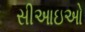
સીઆઇઓ